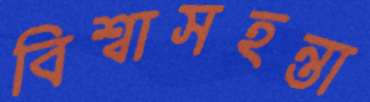
বিশ্বাসহন্তা